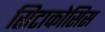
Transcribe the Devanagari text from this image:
सिटाकोसिस